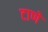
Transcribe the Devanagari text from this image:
टाणे